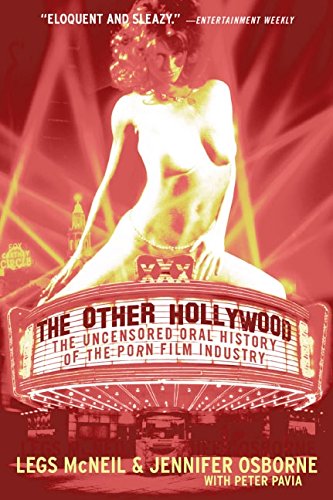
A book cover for The Other Hollywood: The Uncensored Oral History of the Porn Film Industry; Legs McNeil; Humor & Entertainment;